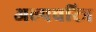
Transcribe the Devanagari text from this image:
अल्पचरित्र